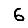
Digit: 6